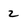
Character: z